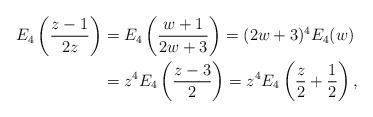
LaTeX: \begin{align*}E_4 \left( \frac{z-1}{2z} \right) &= E_4 \left(\frac{w+1}{2w+3} \right) = (2w+3)^4 E_4(w) \\&= z^4 E_4 \left(\frac{z-3}{2} \right) = z^4 E_4 \left(\frac{z}{2} + \frac{1}{2} \right), \end{align*}